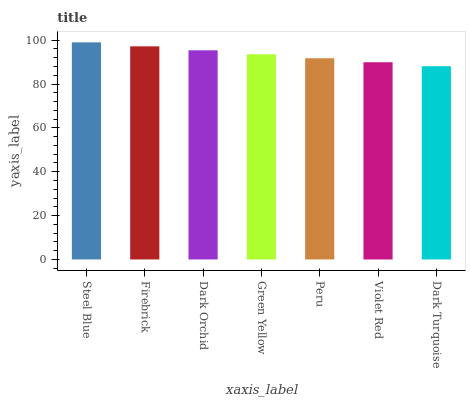
| xaxis_label | bars |
 | --- | --- |
 | Steel Blue | 99 |
 | Firebrick | 97.2 |
 | Dark Orchid | 95.4 |
 | Green Yellow | 93.6 |
 | Peru | 91.7 |
 | Violet Red | 89.9 |
 | Dark Turquoise | 88.1 |